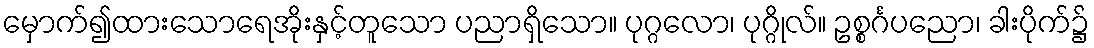
မှောက်၍ထားသောရေအိုးနှင့်တူသော ပညာရှိသော။ ပုဂ္ဂလော၊ ပုဂ္ဂိုလ်။ ဥစ္စင်္ဂပညော၊ ခါးပိုက်၌